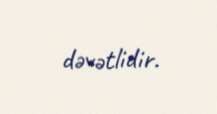
dəvətlidir.